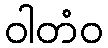
ဝါတံဝ